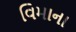
વિમાના